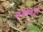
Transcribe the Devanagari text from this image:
संकीणर्ता